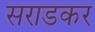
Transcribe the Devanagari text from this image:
सराडकर